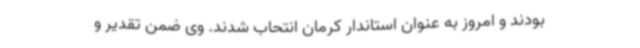
بودند و امروز به عنوان استاندار کرمان انتحاب شدند. وی ضمن تقدیر و